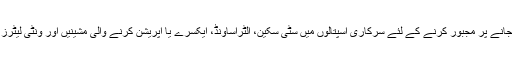
مریضوں کو پرائیویٹ اداروں میں جانے پر مجبور کرنے کے لئے سرکاری اسپتالوں میں سٹی سکین، الٹراساؤنڈ، ایکسرے یا آپریشن کرنے والی مشینیں اور ونٹی لیٹرز وغیرہ خراب کر دیئے جاتے ہیں ۔